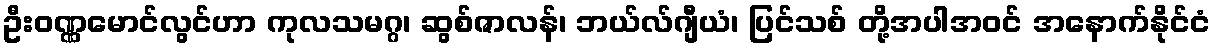
ဦးဝဏ္ဏမောင်လွင်ဟာ ကုလသမဂ္ဂ၊ ဆွစ်ဇာလန်၊ ဘယ်လ်ဂျီယံ၊ ပြင်သစ် တို့အပါအဝင် အနောက်နိုင်ငံ